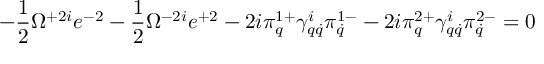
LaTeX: - \frac 1 2 \Omega ^ { + 2 i } e ^ { - 2 } - \frac 1 2 \Omega ^ { - 2 i } e ^ { + 2 } - 2 i \pi _ { q } ^ { 1 + } \gamma _ { q \dot { q } } ^ { i } \pi _ { \dot { q } } ^ { 1 - } - 2 i \pi _ { q } ^ { 2 + } \gamma _ { q \dot { q } } ^ { i } \pi _ { \dot { q } } ^ { 2 - } = 0